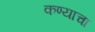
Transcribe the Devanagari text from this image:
कण्याचा